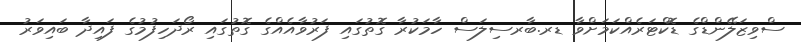
ސްވިޒަލޭންޑްގެ ޑޮކްޓަރެއްކަމަށްވާ ޑރ.ބާރސިލަސް ހާމަކުރާ ގޮތުގައި ފަރުވާއެއްގެ ގޮތުގައި ރޯދަހިފުމުގެ ފައިދާ ބައިވަރު